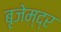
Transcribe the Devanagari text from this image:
बृजेम्द्र